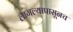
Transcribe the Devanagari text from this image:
लागल्यापासूनच